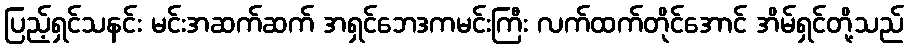
ပြည့်ရှင်သနင်း မင်းအဆက်ဆက် အရှင်ဘေဒကမင်းကြီး လက်ထက်တိုင်အောင် အိမ်ရှင်တို့သည်